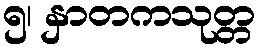
၅၊ နှာတကသုတ္တ